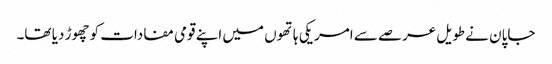
جاپان نے طویل عرصے سے امریکی ہاتھوں میں اپنے قومی مفادات کو چھوڑ دیا تھا۔